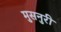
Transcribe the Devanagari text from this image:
मुसनुरी